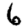
Digit: 6